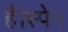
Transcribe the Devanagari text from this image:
हैं।स्पेन